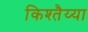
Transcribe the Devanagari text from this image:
किश्तैय्या